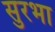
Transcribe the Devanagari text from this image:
सुरभा